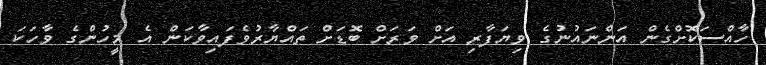
ހާއްސަކޮށްގެން އަންނައުނުގެ ވިޔަފާރި އަށް ވަރަށް ބޮޑަށް ތައްޔާރުވެފައިވާކަން އެ މީހުންގެ ވާހަކަ